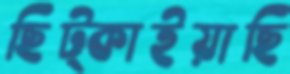
ছিট্‌কাইয়াছি